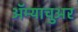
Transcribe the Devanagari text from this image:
अॅम्याचुअर